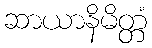
ဆာယာနိမိတ္တံ